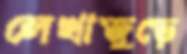
লেখাজুড়ে